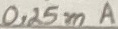
Text: 0,25mA